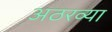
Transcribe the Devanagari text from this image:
अठरव्या